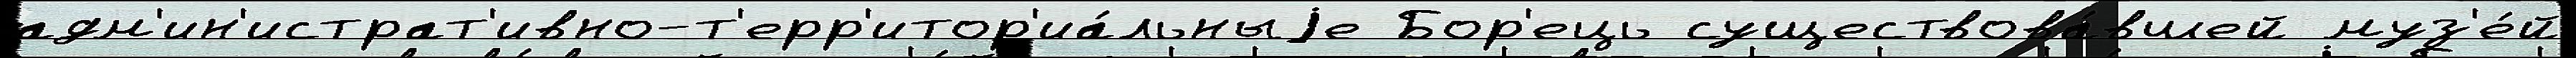
адм'ин'истрат'ивно-т'ерр'итор'иа́льныjе Бор'ець существова́вшей муз'е́й